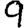
Digit: 9